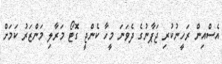
އެސްއިން ރަހީނުކުރި ޖަޕާނުގެ ދެވަނަ މީހާ ކެންޖީ ގޮޓޯ މަރާލި މަންޒަރު ކަމަށް